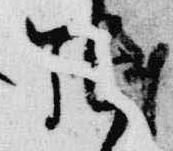
張